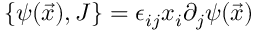
\{ \psi ( \vec { x } ) , J \} = \epsilon _ { i j } x _ { i } \partial _ { j } \psi ( \vec { x } )